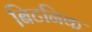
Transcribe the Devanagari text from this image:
बिटनिक